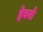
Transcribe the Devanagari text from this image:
हेवली